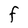
Character: F